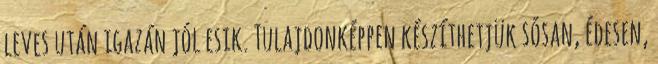
leves után igazán jól esik. Tulajdonképpen készíthetjük sósan, édesen,